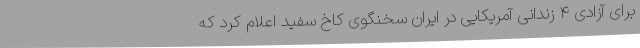
برای آزادی ۴ زندانی آمریکایی در ایران سخنگوی کاخ سفید اعلام کرد که